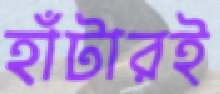
হাঁটারই